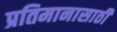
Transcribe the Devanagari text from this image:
प्रतिमानासाठी